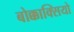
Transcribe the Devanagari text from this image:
बोक्काक्सियो